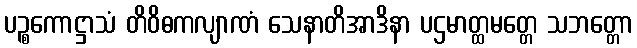
ပဉ္စကောဋ္ဌာသံ တိဝိဓကလျာဏံ သေနာတိအာဒိနာ ပဌမာတ္ထမတ္တေ သဘတ္တော